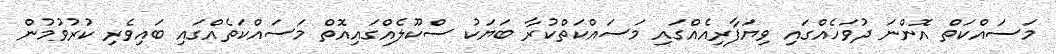
މަސައްކަތް އޮންނަ ދުވަހެއްގައި ވިޔަފާރިއެއްގައި މަސައްކަތްކުރާ ބަޔަކު ސްކޫލެއްގައިއޮތް މަސައްކަތެއްގައި ބައިވެރި ކުރުވުމުން